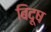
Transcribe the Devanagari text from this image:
बिदूष